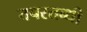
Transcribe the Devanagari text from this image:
तपस्तब्धी